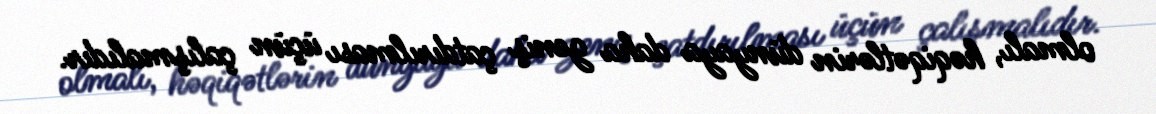
olmalı, həqiqətlərin dünyaya daha geniş çatdırılması üçün çalışmalıdır.